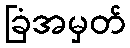
ခြံအမှတ်